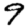
Digit: 9